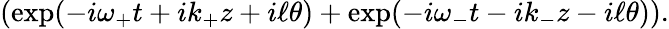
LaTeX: \left(\exp(-i\omega_{+}t+ik_{+}z+i\ell\theta)+\exp(-i\omega_{-}t-ik_{-}z-i\ell\theta)\right).